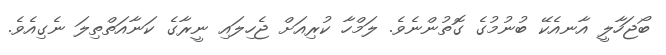
ބޯޖަހާލީ އާނއެކޭ ބުނުމުގެ ގޮތުންނެވެ. ލަމްހާ ކުރިއަށް ޖެހިލައި ނީރާގެ ކަނާއަތްތިލަ ނެގިއެވެ.